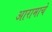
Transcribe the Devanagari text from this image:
आरामाचे